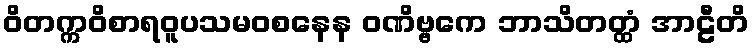
ဝိတက္ကဝိစာရဝူပသမဝစနေန ဝဏိဗ္ဗကေ ဘာသိတတ္ထံ အာဠီတိ